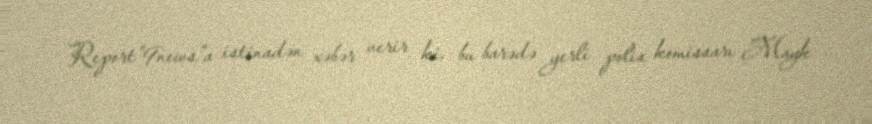
Report"9news"a istinadən xəbər verir ki, bu barədə yerli polis komissarı Mayk